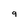
Character: 9